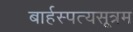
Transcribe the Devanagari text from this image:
बार्हस्पत्यसूत्रम